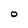
Character: O